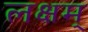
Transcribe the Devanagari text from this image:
लक्षम्